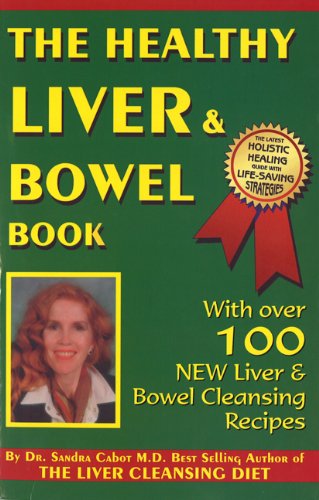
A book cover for Healthy Liver & Bowel Book; Sandra Cabot M.D.; Health, Fitness & Dieting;